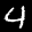
Label: 4